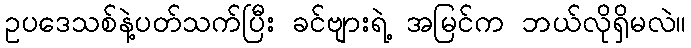
ဥပဒေသစ်နဲ့ပတ်သက်ပြီး ခင်ဗျားရဲ့ အမြင်က ဘယ်လိုရှိမလဲ။